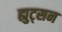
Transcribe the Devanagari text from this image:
ह्युट्सन